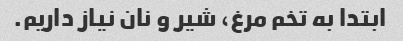
ابتدا به تخم مرغ، شیر و نان نیاز داریم.